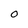
Character: o